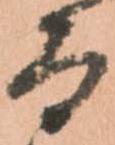
而